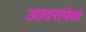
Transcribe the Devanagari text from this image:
आदरापेक्षा